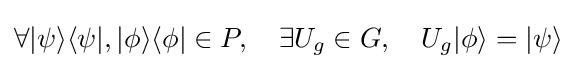
\forall |\psi \rangle \langle \psi |,|\phi \rangle \langle \phi |\in P,\quad \exists U_{g}\in G,\quad U_{g}|\phi \rangle =|\psi \rangle